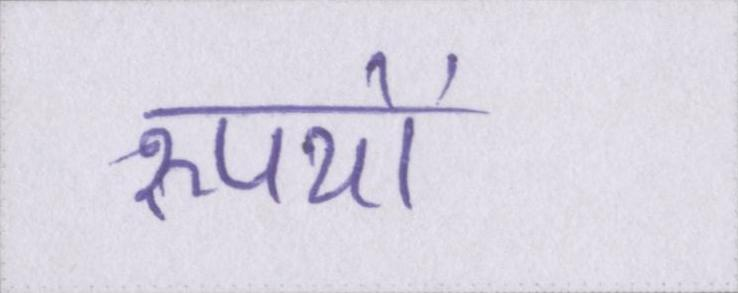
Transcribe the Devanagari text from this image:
रूपयों